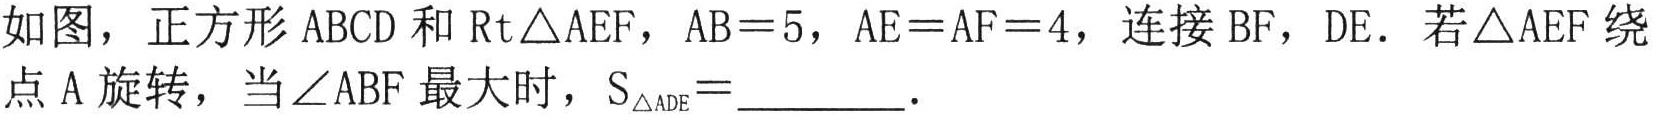
如图，正方形 \(ABCD\) 和 \(\text{Rt}\triangle AEF\)，\(AB = 5\)，\(AE = AF = 4\)，连接 \(BF\)，\(DE\)．若 \(\triangle AEF\) 绕点 \(A\) 旋转，当 \(\angle ABF\) 最大时，\(S_{\triangle ADE}=\underline{\quad\quad}\)．